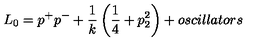
L _ { 0 } = p ^ { + } p ^ { - } + \frac { 1 } { k } \left( \frac { 1 } { 4 } + p _ { 2 } ^ { 2 } \right) + o s c i l l a t o r s